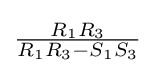
{\tfrac {R_{1}R_{3}}{R_{1}R_{3}-S_{1}S_{3}}}